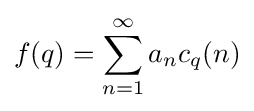
f(q)=\sum _{n=1}^{\infty }a_{n}c_{q}(n)